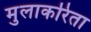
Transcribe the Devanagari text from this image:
मुलाकरिता